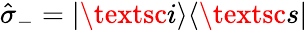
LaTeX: \hat{\sigma}_{-}=|\textsc{i}\rangle\langle\textsc{s}|